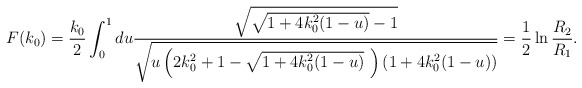
\begin{align*}F(k_0)=\frac{k_0}{2}\int_0^1 du\frac{\sqrt{\sqrt{1+4k_0^2(1-u)}-1}}{\sqrt{u\left(2k_0^2+1-\sqrt{1+4k_0^2(1-u)}~\right)\left(1+4k_0^2(1-u)\right)}} =\frac{1}{2}\ln \frac{R_2}{R_1}.\end{align*}